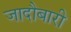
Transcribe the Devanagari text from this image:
जादौबारी